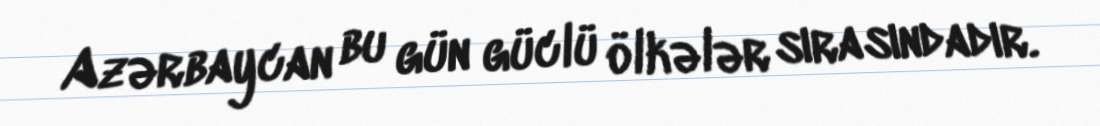
Azərbaycan bu gün güclü ölkələr sırasındadır.